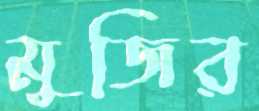
মুজির